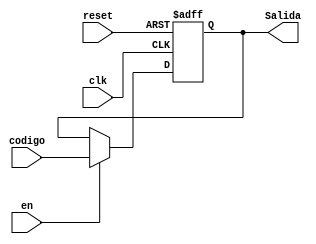
`timescale 1ns / 1ps
//////////////////////////////////////////////////////////////////////////////////
// Company: 
// Engineer: 
// 
// Design Name: 
// Module Name:    Registro 
// Project Name: 
// Target Devices: 
// Tool versions: 
// Description: 
//
// Dependencies: 
//
// Revision: 
// Revision 0.01 - File Created
// Additional Comments: 
//
//////////////////////////////////////////////////////////////////////////////////
module Registro(
    input clk,
	 input reset,
	 input en,
	 input [7:0]codigo,
	 output reg [7:0] Salida
    );
	 
	 always @ (posedge clk, posedge reset)
	 begin
	    if (reset)
		    Salida = 8'd0;
		 else if (en)
		         Salida = codigo;
				else 
				   Salida = Salida;			 
	 end 
	 


endmodule